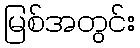
မြစ်အတွင်း